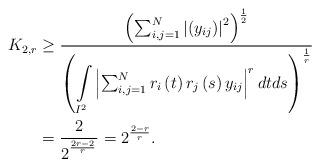
LaTeX: \begin{align*}K_{2,r} & \geq\frac{\left( \sum_{i,j=1}^{N}\left\vert \left(y_{ij}\right) \right\vert ^{2}\right) ^{\frac{1}{2}}}{\left({\displaystyle\int\limits_{I^{2}}}\left\vert \sum_{i,j=1}^{N}r_{i}\left( t\right) r_{j}\left( s\right)y_{ij}\right\vert ^{r}dtds\right) ^{\frac{1}{r}}}\\& =\frac{2}{2^{^{\frac{2r-2}{r}}}}=2^{\frac{2-r}{r}}.\end{align*}